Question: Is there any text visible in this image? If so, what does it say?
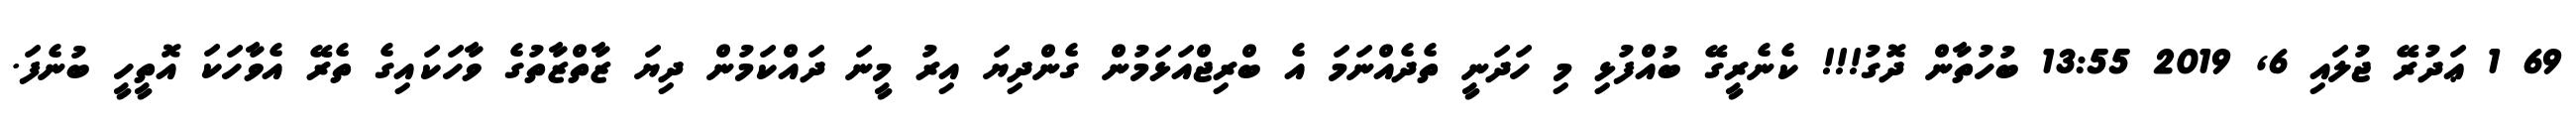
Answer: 69 1 ޢަދުރޭ ޖުލައި 6, 2019 13:55 ބުހުތާން ދޮގު!!! ކެނެރީގޭ ބުއްފުޅި މި ހަދަނީ ތެދެއްނަމަ އެ ބްރިޖްއަޅަމުން ގެންދިޔަ އިރު މީނަ ދައްކަމުން ދިޔަ ޒާތްޒާތުގެ ވާހަކައިގެ ތެރޭ އެވާހަކަ އޮތީހީ ބުނެފަ.